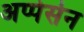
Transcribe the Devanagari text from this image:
अप्पेर्सन